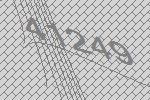
41249